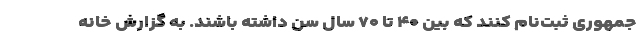
جمهوری ثبت‌نام کنند که بین ۴۰ تا ۷۰ سال سن داشته باشند. به گزارش خانه